Report of the Bombay Plague Committee
Disease focus: Plague
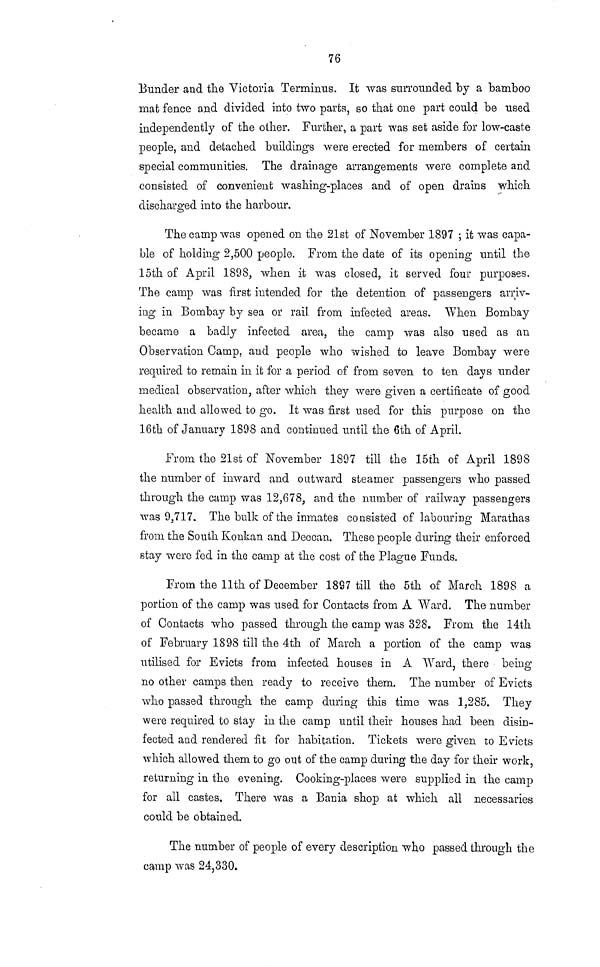
76
Bunder and the Victoria Terminus. It was surrounded by a bamboo
mat fence and divided into two parts, so that one part could be used
independently of the other. Further, a part was set aside for low-caste
people, and detached buildings were erected for members of certain
special communities. The drainage arrangements were complete and
consisted of convenient washing-places and of open drains which
discharged into the harbour.
The camp was opened on the 21st of November 1897 ; it was capa-
ble of holding 2,500 people. From the date of its opening until the
loth of April 1898, when it was closed, it served four purposes.
The camp was first intended for the detention of passengers arriv-
ing in Bombay by sea or rail from infected areas. When Bombay
became a badly infected area, the camp was also used as an
Observation Camp, and people who wished to leave Bombay were
required to remain in it for a period of from seven to ten days under
medical observation, after which they were given a certificate of good
health and allowed to go. It was first used for this purpose on the
16th of January 1898 and continued until the 6th of April.
From the 21st of November 1897 till the 15th of April 1898
the number of inward and outward steamer passengers who passed
through the camp was 12,678, and the number of railway passengers
was 9,717. The bulk of the inmates consisted of labouring Marathas
from the South Konkan and Deccan. These people during their enforced
stay were fed in the camp at the cost of the Plague Funds.
From the llth of December 1897 till the 5th of March 1898 a
portion of the camp was used for Contacts from A Ward. The number
of Contacts who passed through the camp was 328. From the 14th
of February 1898 till the 4th of March a portion of the camp was
utilised for Evicts from infected houses in A Ward, there being
no other camps then ready to receive them. The number of Evicts
who passed through the camp during this time was 1,285. They
were required to stay in the camp until their houses had been disin-
fected and rendered fit for habitation. Tickets were given to Evicts
which allowed them to go out of the camp during the day for their work,
returning in the evening. Cooking-places were supplied in the camp
for all castes. There was a Bania shop at which all necessaries
could be obtained.
The number of people of every description who passed through the
camp was 24,330.